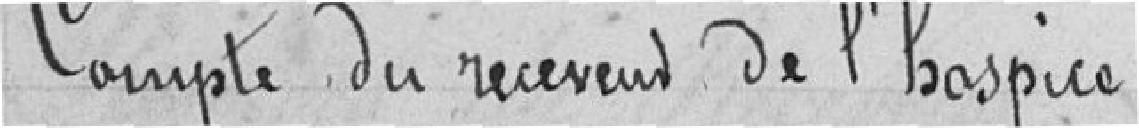
Compte du receveur de l'hospice